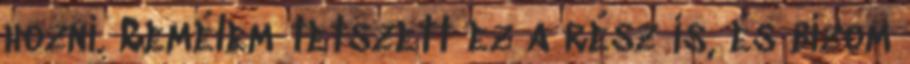
hozni. Remélem tetszett ez a rész is, és bízom